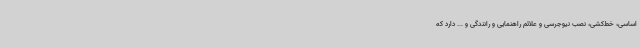
اساسی، خط‌کشی، نصب نیوجرسی و علائم راهنمایی و رانندگی و ... دارد که